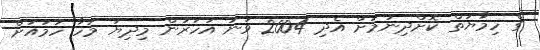
ގެ ހިމާޔަތް ކޮށްދިނުމަށް އެދި 2004 ވަނަ އަހަރުން މިދިޔަ މަހާ ހަމައަށް